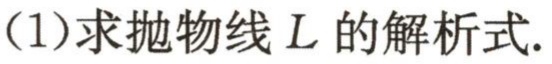
(1)求抛物线 \(L\) 的解析式.